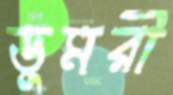
ডুমরী